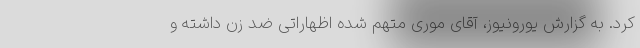
کرد. به گزارش یورونیوز، آقای موری متهم شده اظهاراتی ضد زن داشته و